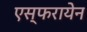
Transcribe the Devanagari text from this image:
एस्फरायेन